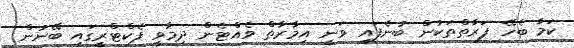
ކަމާ ބެހޭ ފަރާތްތަކުން ބުނެފައި ވަނީ އިމާރާތް ވެއްޓެން ދިމާވީ ފެކްޓްރީގައި ބޭނުން